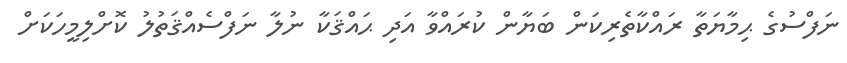
ނަފްސުގެ ޙިމާޔަތާ ރައްކާތެރިކަން ބަޔާން ކުރައްވާ އަދި ޙައްްޤަކާ ނުލާ ނަފްސެއްޤަތުލު ކޮށްލިމީހަކަށް